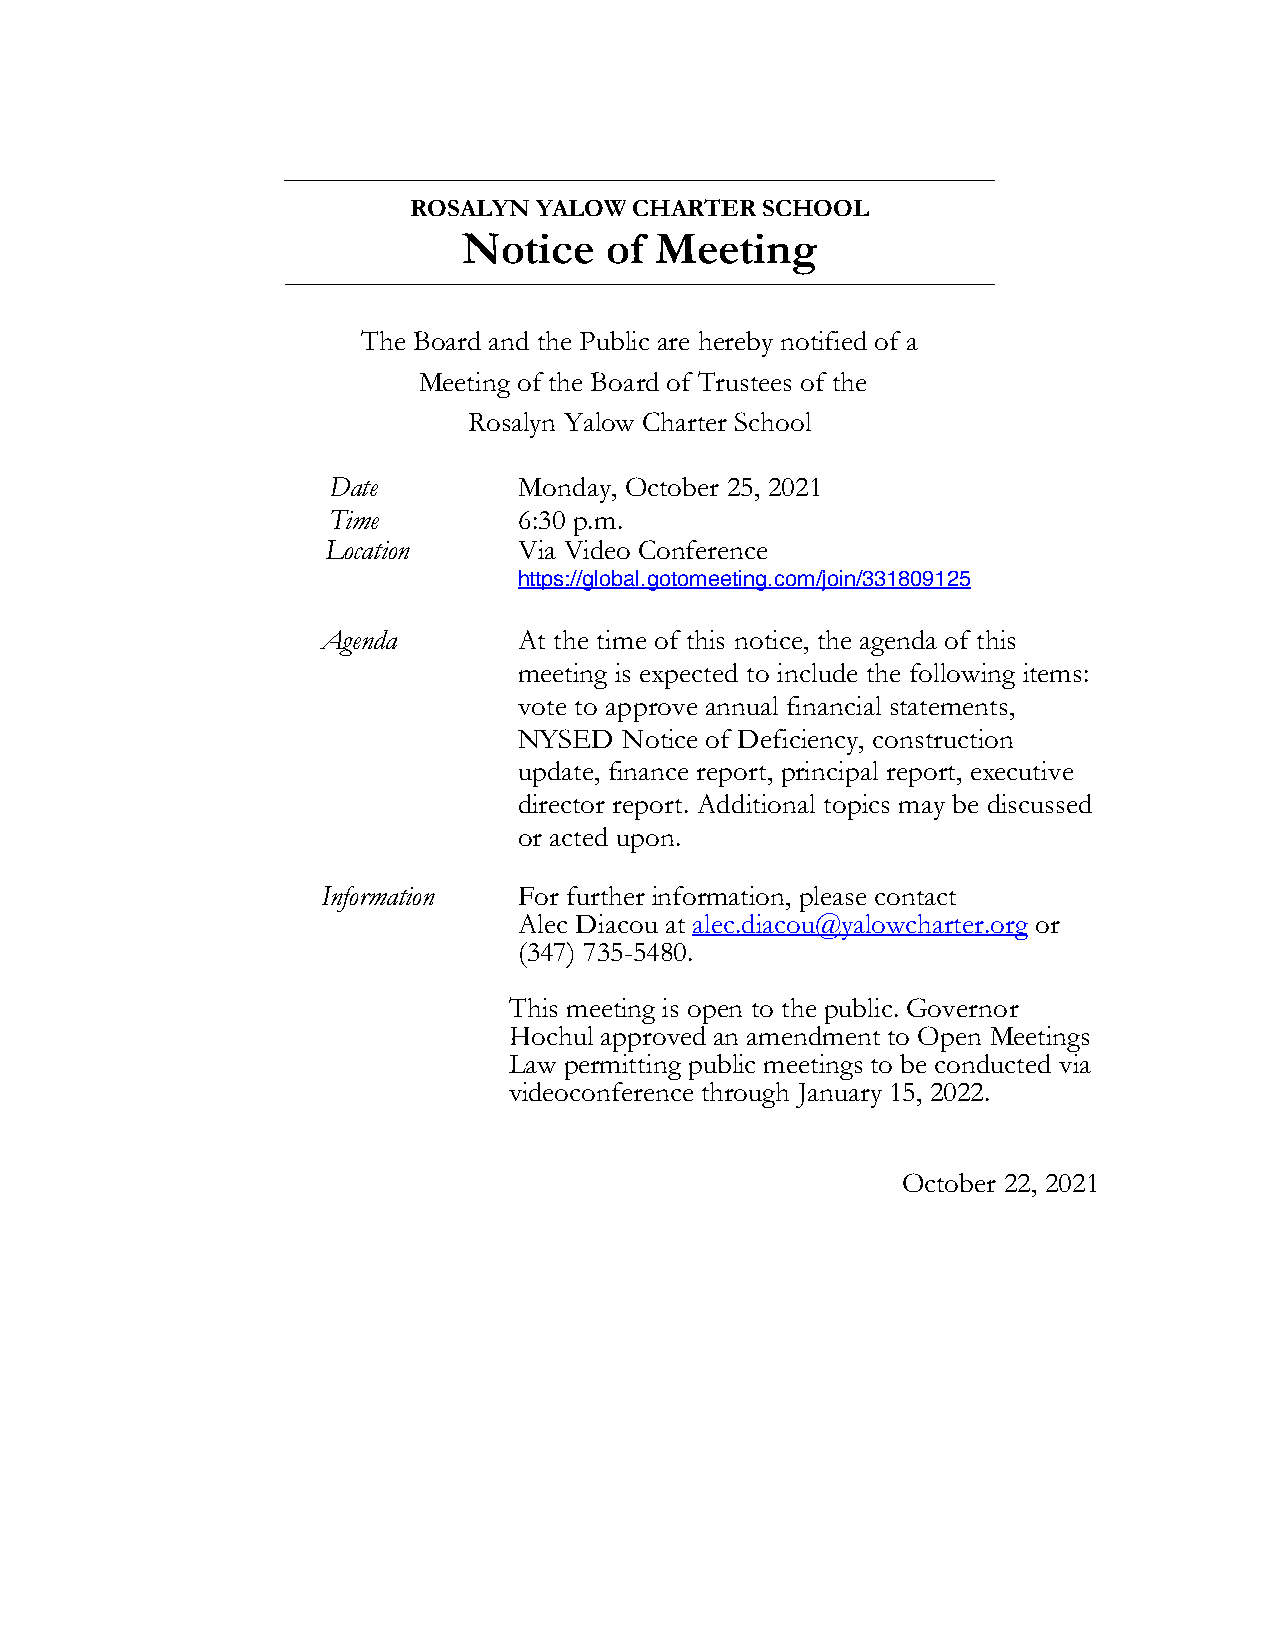
ROSALYN YALOW  CHARTER SCHOOL
 Notice   of Meeting
 The Board and the Public are hereby notified of a
 Meeting of the Board of Trustees of the
 Rosalyn Yalow Charter School
 Date        Monday, October 25, 2021
 Time        6:30 p.m.
 Location    Via Video Conference
 https://global.gotomeeting.com/join/331809125
 Agenda       At the time of this notice, the agenda of this
 meeting is expected to include the following items:
 vote to approve annual financial statements,
 NYSED  Notice of Deficiency, construction
 update, finance report, principal report, executive
 director report. Additional topics may be discussed
 or acted upon.
 Information  For further information, please contact
 Alec Diacou at alec.diacou@yalowcharter.org or
 (347) 735-5480.
 This meeting is open to the public. Governor
 Hochul approved an amendment to Open Meetings
 Law permitting public meetings to be conducted via
 videoconference through January 15, 2022.
 October 22, 2021